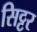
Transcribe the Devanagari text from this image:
सिट्टर